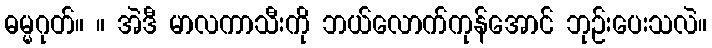
ဓမ္မဂုတ်။ ။ အဲဒီ မာလကာသီးကို ဘယ်လောက်ကုန်အောင် ဘုဉ်းပေးသလဲ။